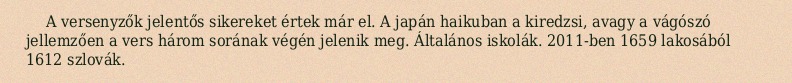
A versenyzők jelentős sikereket értek már el. A japán haikuban a kiredzsi, avagy a vágószó jellemzően a vers három sorának végén jelenik meg. Általános iskolák. 2011-ben 1659 lakosából 1612 szlovák.